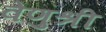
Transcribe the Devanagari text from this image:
वेणुश्री